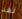
لقد